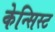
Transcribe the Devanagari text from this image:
केन्सिस्ट